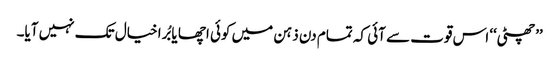
’’چھٹی‘‘ اس قوت سے آئی کہ تمام دن ذہن میں کوئی اچھا یا بُرا خیال تک نہیں آیا۔